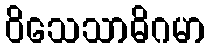
ဝိသေသာဓိဂမာ